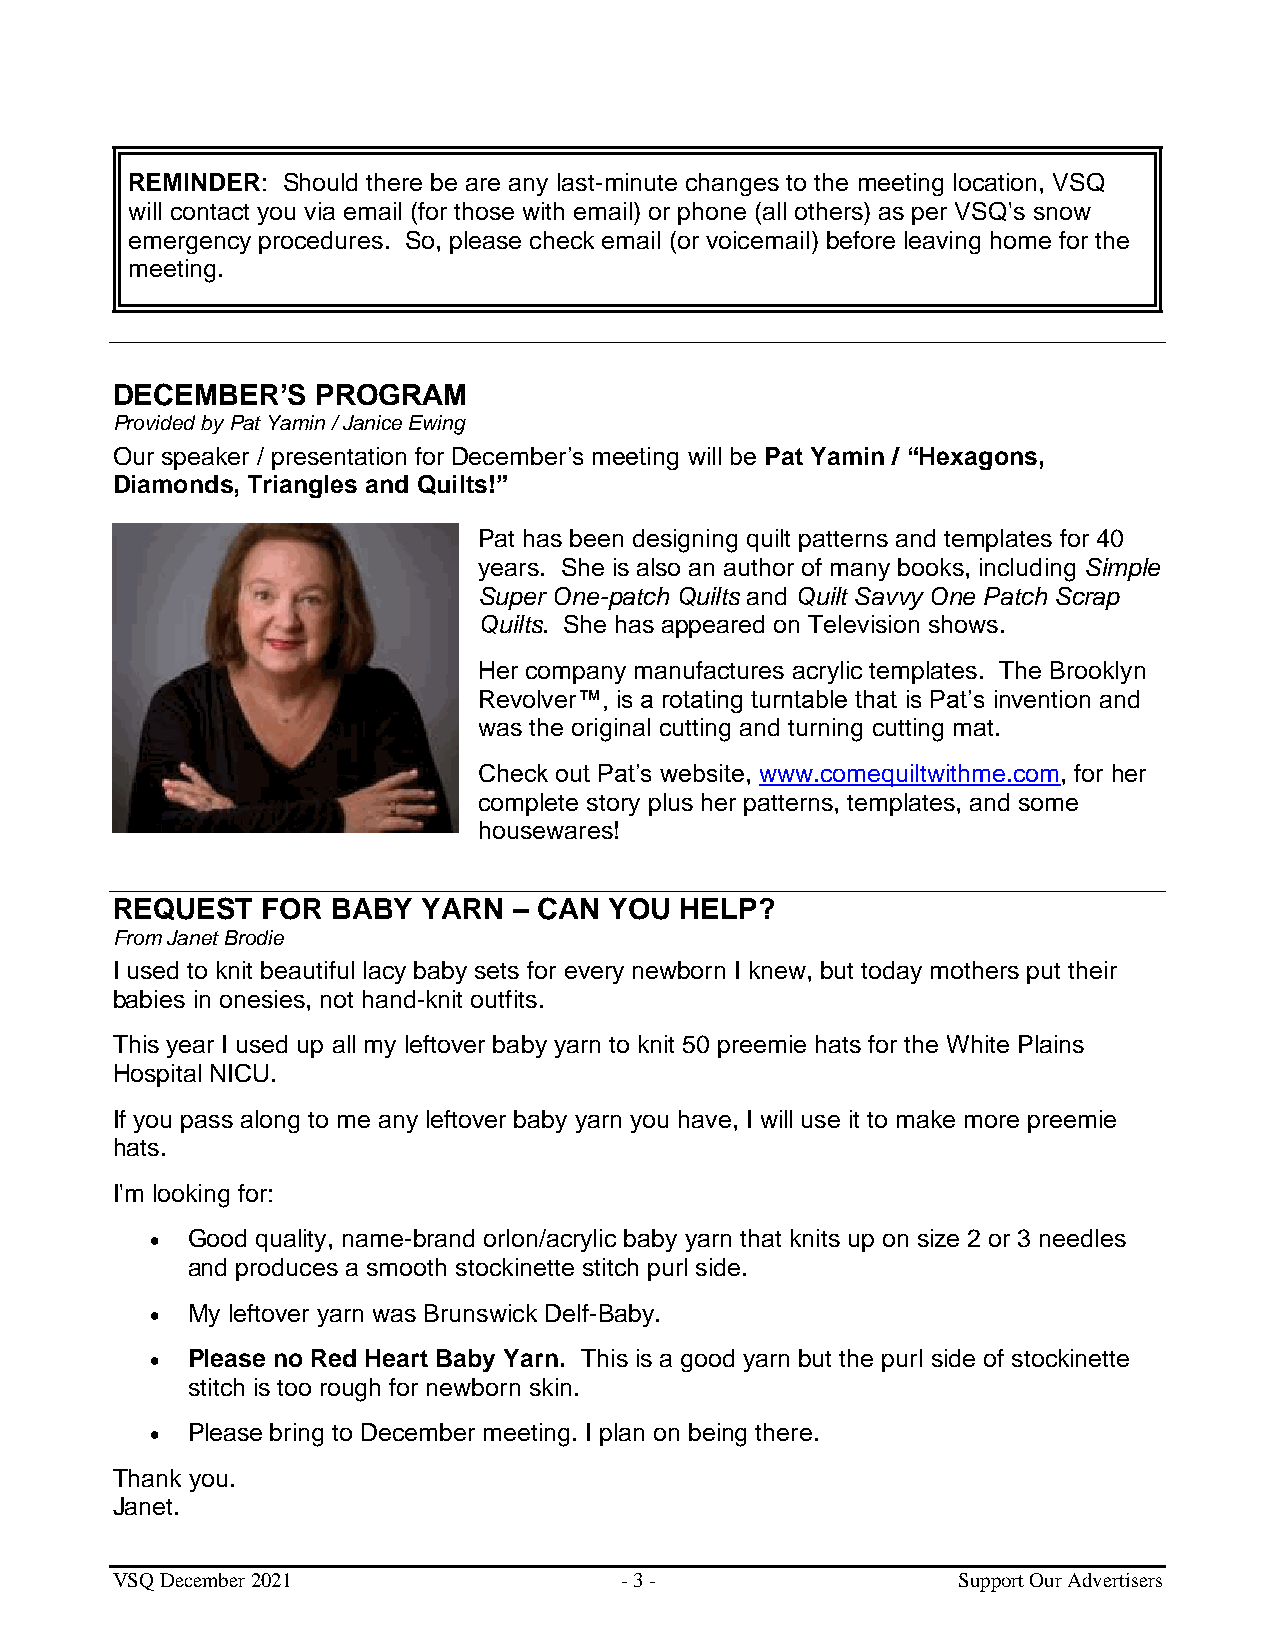
REMINDER:  Should there be are any last-minute changes to the meeting location, VSQ
 will contact you via email (for those with email) or phone (all others) as per VSQ's snow
 emergency procedures. So, please check email (or voicemail) before leaving home for the
 meeting.
 DECEMBER’S    PROGRAM
 Provided by Pat Yamin / Janice Ewing
 Our speaker / presentation for December’s meeting will be Pat Yamin / “Hexagons,
 Diamonds, Triangles and Quilts!”
 Pat has been designing quilt patterns and templates for 40
 years. She is also an author of many books, including Simple
 Super One-patch Quilts and Quilt Savvy One Patch Scrap
 Quilts. She has appeared on Television shows.
 Her company manufactures acrylic templates. The Brooklyn
 Revolver™, is a rotating turntable that is Pat’s invention and
 was the original cutting and turning cutting mat.
 Check out Pat’s website, www.comequiltwithme.com, for her
 complete story plus her patterns, templates, and some
 housewares!
 REQUEST   FOR  BABY  YARN  – CAN YOU  HELP?
 From Janet Brodie
 I used to knit beautiful lacy baby sets for every newborn I knew, but today mothers put their
 babies in onesies, not hand-knit outfits.
 This year I used up all my leftover baby yarn to knit 50 preemie hats for the White Plains
 Hospital NICU.
 If you pass along to me any leftover baby yarn you have, I will use it to make more preemie
 hats.
 I'm looking for:
 • Good quality, name-brand orlon/acrylic baby yarn that knits up on size 2 or 3 needles
 and produces a smooth stockinette stitch purl side.
 • My leftover yarn was Brunswick Delf-Baby.
 • Please no Red Heart Baby Yarn. This is a good yarn but the purl side of stockinette
 stitch is too rough for newborn skin.
 • Please bring to December meeting. I plan on being there.
 Thank you.
 Janet.
 VSQ December 2021                 - 3 -                 Support Our Advertisers